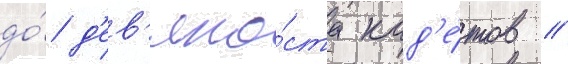
до́ д'ев'яно́ста кад'е́тов //